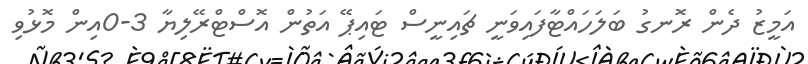
އަމީޒު ދެން ރޮނގު ބަލަހައްޓާފައިވަނީ ޗައިނީސް ޓައިޕޭ އަތުން އޮސްޓްރޭލިޔާ 3-0އިން މޮޅުވި